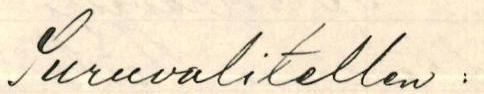
Suruvalitellen: